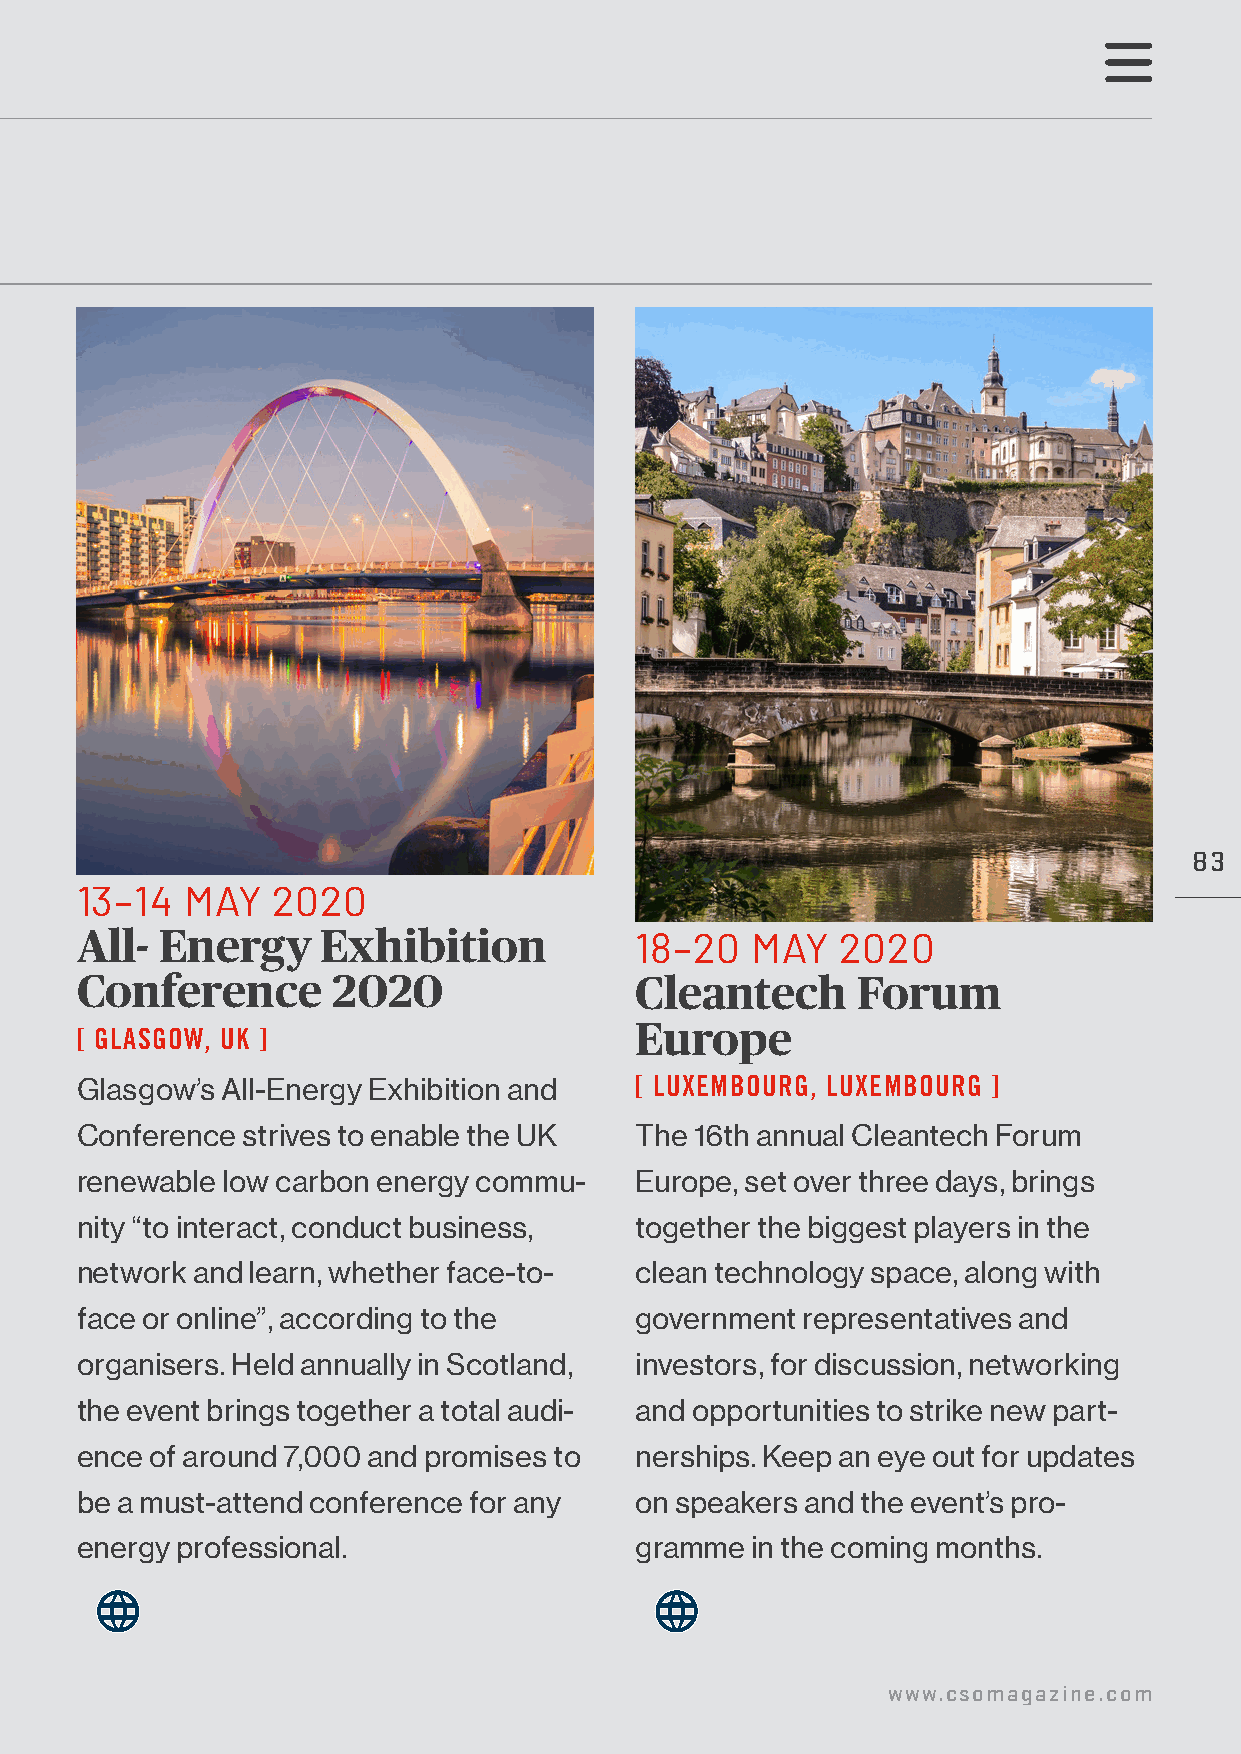
83
 13–14  MAY   2020
 All-  Energy    Exhibition           18–20   MAY   2020
 Conference       2020                Cleantech      Forum
 Europe
 [ GLASGOW, UK ]
 Glasgow’s All-Energy Exhibition and  [ LUXEMBOURG, LUXEMBOURG ]
 Conference strives to enable the UK  The 16th annual Cleantech Forum
 renewable low carbon energy commu-   Europe, set over three days, brings
 nity “to interact, conduct business, together the biggest players in the
 network and learn, whether face-to-  clean technology space, along with
 face or online”, according to the    government representatives and
 organisers. Held annually in Scotland, investors, for discussion, networking
 the event brings together a total audi- and opportunities to strike new part-
 ence of around 7,000 and promises to nerships. Keep an eye out for updates
 be a must-attend conference for any  on speakers and the event’s pro-
 energy professional.                 gramme  in the coming months.
 www.csomagazine.com